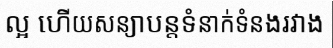
ល្អ ហើយសន្យាបន្តទំនាក់ទំនងរវាង